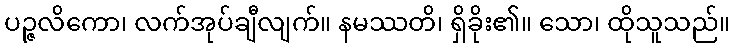
ပဉ္ဇလိကော၊ လက်အုပ်ချီလျက်။ နမဿတိ၊ ရှိခိုး၏။ သော၊ ထိုသူသည်။